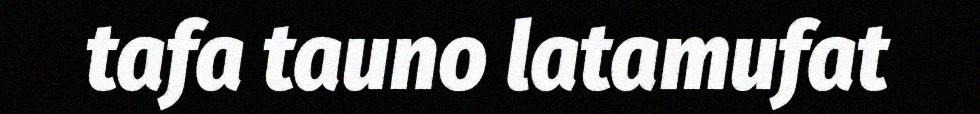
tafa tauno latamufat